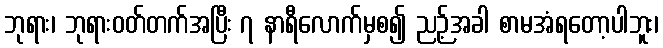
ဘုရား၊ ဘုရားဝတ်တက်အပြီး ၇ နာရီလောက်မှစ၍ ညဉ့်အခါ စာမအံရတော့ပါဘူး၊